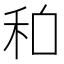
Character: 𱵽